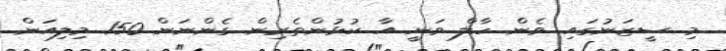
މި ސީޒަނުގައި ވެން ހާލް ވަނީ އާ ކުޅުންތެރިން ގެންނަން 150 މިލިއަން